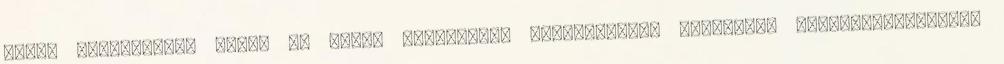
SZMSZ megalkotása miatt az egyéb rendeletek módosítására vonatkozó előterjesztéseket